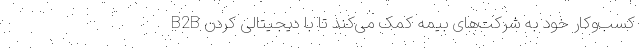
B2B کسب‌وکار خود به شرکت‌های بیمه کمک می‌کند تا با دیجیتالی کردن